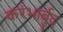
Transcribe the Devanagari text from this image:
करंभार्बुद